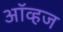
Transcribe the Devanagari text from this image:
ऑव्हज